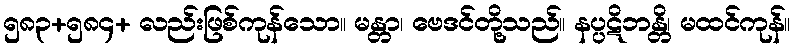
၅၈၃+၅၈၄+ လည်းဖြစ်ကုန်သော။ မန္တာ၊ ဗေဒင်တို့သည်။ နပ္ပဋိဘန္တိ၊ မထင်ကုန်။